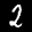
Label: 2